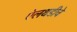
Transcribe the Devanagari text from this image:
ऐलथडीचे